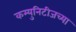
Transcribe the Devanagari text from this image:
कम्युनिटीजच्या